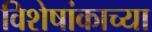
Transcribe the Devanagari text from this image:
विशेषांकाच्या